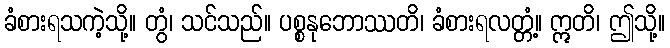
ခံစားရသကဲ့သို့။ တွံ၊ သင်သည်။ ပစ္စနုဘောဿတိ၊ ခံစားရလတ္တံ့။ ဣတိ၊ ဤသို့။